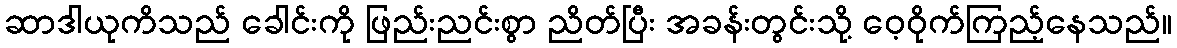
ဆာဒါယုကိသည် ခေါင်းကို ဖြည်းညင်းစွာ ညိတ်ပြီး အခန်းတွင်းသို့ ဝေ့ဝိုက်ကြည့်နေသည်။